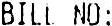
BILL NO: